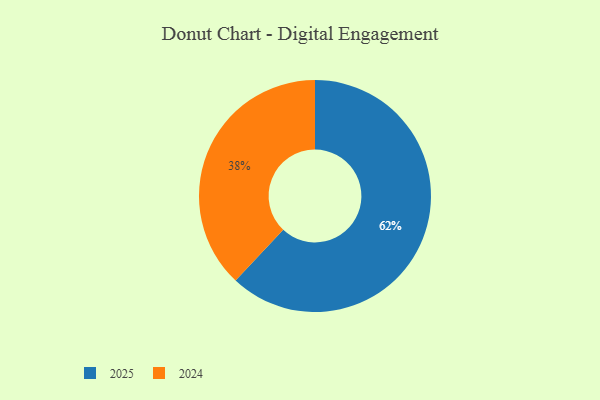
{"axis": {"x": "Category", "y": "Percentage"}, "legend": ["2024", "2025"], "data": [{"x": "2024", "y": 38, "type": "2024"}, {"x": "2025", "y": 62, "type": "2025"}]}